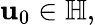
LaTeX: \mathbf{u}_{0}\in\mathbb{{H}},